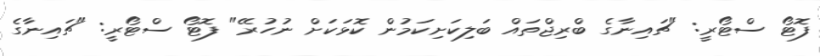
ފޮޓޯ ސްޓޯރީ: "ޗައިނާގެ ބްރިޖްތައް ބަލިކަށިކަމުން ކޮޅަކަށް ނުހުރޭ" ފޮޓޯ ސްޓޯރީ: "ޗައިނާގެ